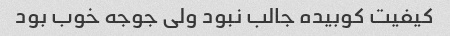
کیفیت کوبیده جالب نبود ولی جوجه خوب بود